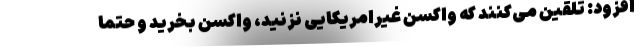
افزود: تلقین می‌کنند که واکسن غیرامریکایی نزنید، واکسن بخرید و حتماً